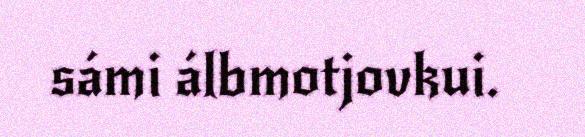
sámi álbmotjovkui.